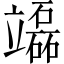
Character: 𥫌